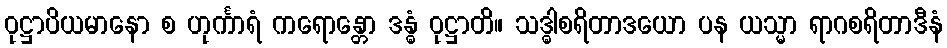
ဝုဋ္ဌာပိယမာနော စ ဟုင်္ကာရံ ကရောန္တော ဒန္ဓံ ဝုဋ္ဌာတိ။ သဒ္ဓါစရိတာဒယော ပန ယသ္မာ ရာဂစရိတာဒီနံ